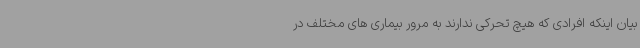
بیان اینکه افرادی که هیچ تحرکی ندارند به مرور بیماری های مختلف در